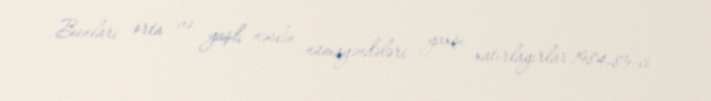
Bunları orta və yaşlı nəslin nümayəndələri yaxşı xatırlayırlar.1984-85-ci